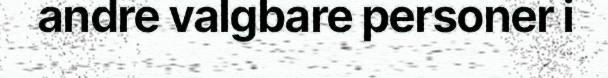
andre valgbare personer i